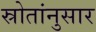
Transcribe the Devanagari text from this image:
स्रोतांनुसार